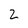
Character: 2